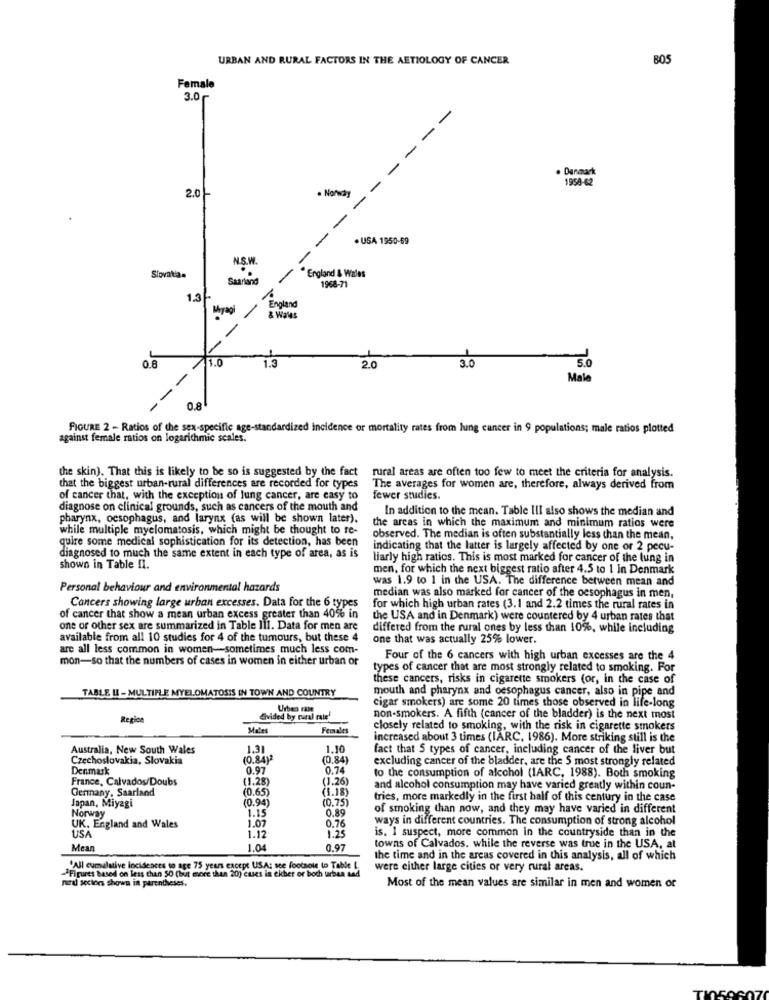
URBAN AND RURAL FACTORS IN THE AETIOLOGY OF CANCER
BOS
Female
3.0~
· Danmark
1958-62
. Norway
-
2.01
. USA 1950-59
N.S.W.
--
England & Wales
Slovattias
Saarland
1968-71
1.3
Miyagi
England
& Wales
1.0
1.3
5.0
0.8
20
3.0
Male
- -
0.8
FIGURE 2 - Ratios of the sex-specific age-standardized incidence or mortality rates from lung cancer in 9 populations; male ratios plotted
against female ratios on logarithmic scales.
the skin). That this is likely to be so is suggested by the fact
rural areas are often too few to meet the criteria for analysis.
that the biggest urban-rural differences are recorded for types
The averages for women are, therefore, always derived from
of cancer that, with the exception of lung cancer, are easy to
fewer studies.
diagnose on clinical grounds, such as cancers of the mouth and
In addition to the mean. Table III also shows the median and
pharynx, oesophagus, and larynx (as will be shown later).
while multiple myelomatosis, which might be thought to re-
the areas in which the maximum and minimum ratios were
quire some medical sophistication for its detection, has been
observed. The median is often substantially less than the mean,
indicating that the latter is largely affected by one or 2 pecu-
diagnosed to much the same extent in each type of area, as is
liarly high ratios. This is most marked for cancer of the lung in
shown in Table Il.
men, for which the next biggest ratio after 4.5 to 1 In Denmark
was 1.9 to 1 in the USA. The difference between mean and
Personal behaviour and environmental hazards
Cancers showing large urban excesses. Data for the 6 types
median was also marked for cancer of the oesophagus in men,
for which high urban rates (3.1 and 2.2 times the rural rates in
of cancer that show a mean urban excess greater than 40% in
the USA and in Denmark) were countered by 4 urban rates that
one or other sex are summarized in Table 111. Data for men are
differed from the rural ones by less than 10%, while including
available from all 10 studies for 4 of the tumours, but these 4
one that was actually 25% lower.
are all less common in women-sometimes much less com-
mon-so that the numbers of cases in women in either urban or
Four of the 6 cancers with high urban excesses are the 4
types of cancer that are most strongly related to smoking. For
these cancers, risks in cigarette smokers (or, in the case of
TABLE LI - MULTIPLE MYELOMATOSIS IN TOWN AND COUNTRY
mouth and pharynx and oesophagus cancer, also in pipe and
cigar smokers) are some 20 times those observed in life-long
Region
divided by rural rate
non-smokers. A fifth (cancer of the bladder) is the next most
Mates
Females
closely related to smoking, with the risk in cigarette smokers
increased about 3 times (IARC, 1986). More striking still is the
Australia, New South Wales
1.31
1.10
fact that S types of cancer, including cancer of the liver but
Czechoslovakia, Slovakia
(0.84)2
(0.84]
excluding cancer of the bladder, are the S most strongly related
Denmark
0.97
0.74
France, Calvados/Doubs
(1.28)
(1.26)
to the consumption of alcohol (IARC, 1988). Both smoking
Germany. Saarland
(0.65)
(1.18)
and alcohol consumption may have varied greatly within coun-
Japan, Miyagi
(0.94)
(0.75)
tries, more markedly in the first half of this century in the case
Norway
1.15
0.89
of smoking than now, and they may have varied in different
UK. England and Wales
ways in different countries. The consumption of strong alcohol
1.07
0.76
is. I suspect, more common in the countryside than in the
USA
1.12
1.25
Mean
1.04
0.97
towns of Calvados, while the reverse was true in the USA, at
the time and in the areas covered in this analysis, all of which
-"Figures based on less than 50 (but more than 20) cuses is ekber or boch tarben and
"All cumulative incidences to age 75 years except USA: sce footsole to Table L.
were either large cities or very rural areas.
rud sectors shown in parentheses.
Most of the mean values are similar in men and women of